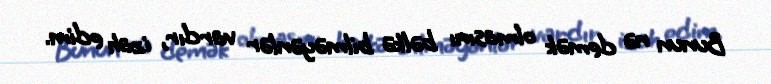
Bunun nə demək olmasını bəlkə bilməyənlər vardır, izah edim.